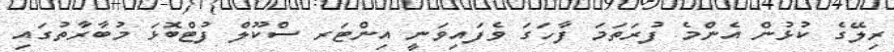
ރިލޭގެ ކުޅުން އެންމެ ފުރަތަމަ ފާހަގަ ވެފައިވަނީ އިންޓަރ ސްކޫލް ފުޓްބޮޅަ މުބާރާތުގައި